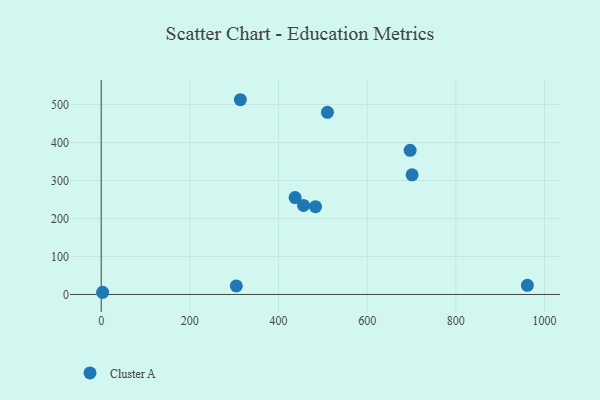
{"axis": {"x": "Experience", "y": "Profit"}, "legend": ["Cluster A"], "data": [{"x": "304.8", "y": 22.4, "type": "Cluster A"}, {"x": "437.5", "y": 255.0, "type": "Cluster A"}, {"x": "3.2", "y": 5.8, "type": "Cluster A"}, {"x": "313.9", "y": 512.5, "type": "Cluster A"}, {"x": "510.4", "y": 479.3, "type": "Cluster A"}, {"x": "456.5", "y": 234.3, "type": "Cluster A"}, {"x": "697.0", "y": 379.4, "type": "Cluster A"}, {"x": "961.5", "y": 24.2, "type": "Cluster A"}, {"x": "483.5", "y": 231.0, "type": "Cluster A"}, {"x": "701.4", "y": 315.0, "type": "Cluster A"}]}